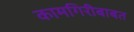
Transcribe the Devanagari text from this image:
कामगिरीबाबत